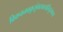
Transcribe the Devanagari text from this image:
विकचनवकुसुंभस्वच्छसिंदूरभासाः